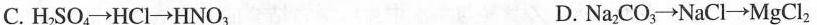
C. $$H _ { 2 } S O _ { 4 } \rightarrow H C l \rightarrow H N O _ { 3 }$$ D. $$N a _ { 2 } C O _ { 3 } \rightarrow N a C l \rightarrow M g C l _ { 2 }$$